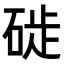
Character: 𥓢